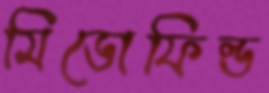
মিডোফিল্ড